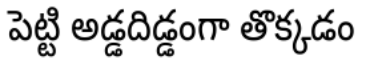
పెట్టి అడ్డదిడ్డంగా తొక్కడం